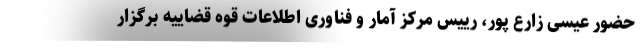
حضور عیسى زارع پور، رییس مرکز آمار و فناوری اطلاعات قوه قضاییه برگزار